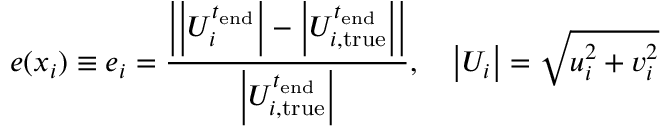
e ( \boldsymbol { x } _ { i } ) \equiv e _ { i } = \frac { \left| \left| U _ { i } ^ { t _ { \mathrm { e n d } } } \right| - \left| U _ { i , \mathrm { t r u e } } ^ { t _ { \mathrm { e n d } } } \right| \right| } { \left| U _ { i , \mathrm { t r u e } } ^ { t _ { \mathrm { e n d } } } \right| } , \quad \left| U _ { i } \right| = \sqrt { u _ { i } ^ { 2 } + v _ { i } ^ { 2 } }